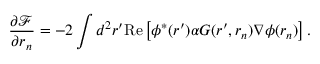
\frac { \partial \mathcal { F } } { \partial \boldsymbol { r } _ { n } } = - 2 \int d ^ { 2 } \boldsymbol { r ^ { \prime } } \mathrm { R e } \left[ \phi ^ { * } ( \boldsymbol { r ^ { \prime } } ) \alpha G ( \boldsymbol { r ^ { \prime } } , \boldsymbol { r } _ { n } ) \nabla \phi ( \boldsymbol { r } _ { n } ) \right] .